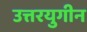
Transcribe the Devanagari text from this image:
उत्तरयुगीन